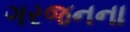
ગરજનના